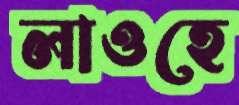
লাওহে